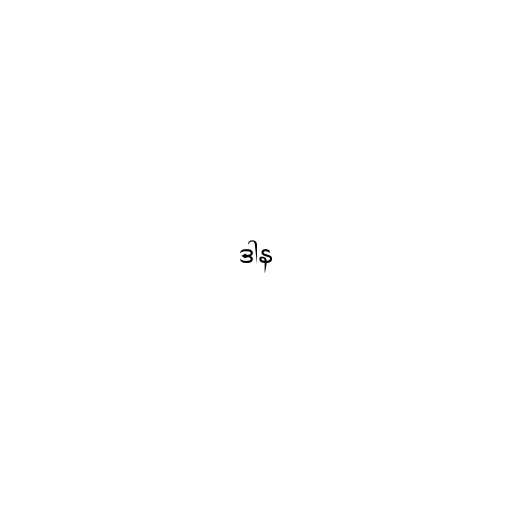
ဒါန